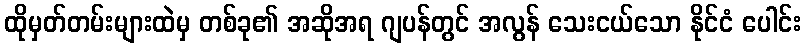
ထိုမှတ်တမ်းများထဲမှ တစ်ခု၏ အဆိုအရ ဂျပန်တွင် အလွန် သေးငယ်သော နိုင်ငံ ပေါင်း